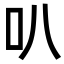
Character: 叭